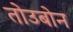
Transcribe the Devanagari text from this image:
तोउबोन